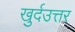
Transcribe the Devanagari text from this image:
खुर्दउत्तर